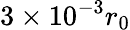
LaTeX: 3\times 10^{-3}r_{0}